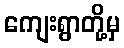
ကျေးရွာတို့မှ